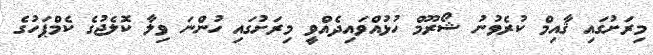
މިރަށުގައި ޤާއިމް ކުރެވުނު ޝޯރޫމް ހުޅުއްވައިދެއްވީ މިރަށުގައި ހުންނަ ވިލާ ކޮލެޖުގެ ކެމްޕަހުގެ